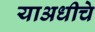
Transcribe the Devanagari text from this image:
याअधीचे